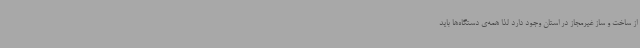
از ساخت و ساز غیرمجاز در استان وجود دارد لذا همه‌ی دستگاه‌ها باید